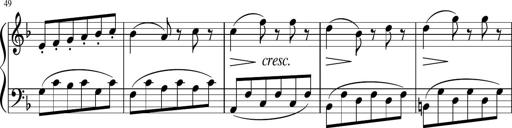
Title: 3 Sonatinen
Composer: Heinrich Lichner